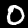
Label: 0